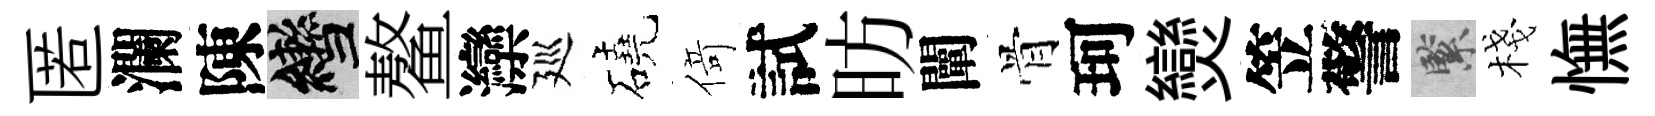
匿瀾陳轡鳌灤廵磽𠋣試昉闡骨珂𤓖笠警緊棧憮